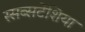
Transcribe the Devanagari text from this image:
स्सब्सटेंशिया